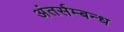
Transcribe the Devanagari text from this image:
अंतर्सम्बन्ध